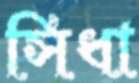
সিধা